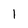
Character: 1